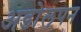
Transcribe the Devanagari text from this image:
अडोलपन